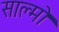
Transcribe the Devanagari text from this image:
साल्मो